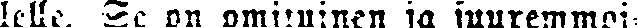
lelle. Se on omituinen ja suuremmoi-